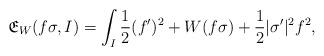
LaTeX: \begin{align*}\mathfrak{E}_{W}(f\sigma,I)= \int_I \frac 12(f')^2+W(f\sigma)+\frac 12|\sigma'|^2 f^2,\end{align*}